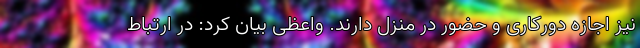
نیز اجازه دورکاری و حضور در منزل دارند. واعظی بیان کرد: در ارتباط